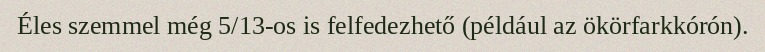
Éles szemmel még 5/13-os is felfedezhető (például az ökörfarkkórón).